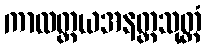
ကာလတ္တယအနတ္တသုတ္တံ